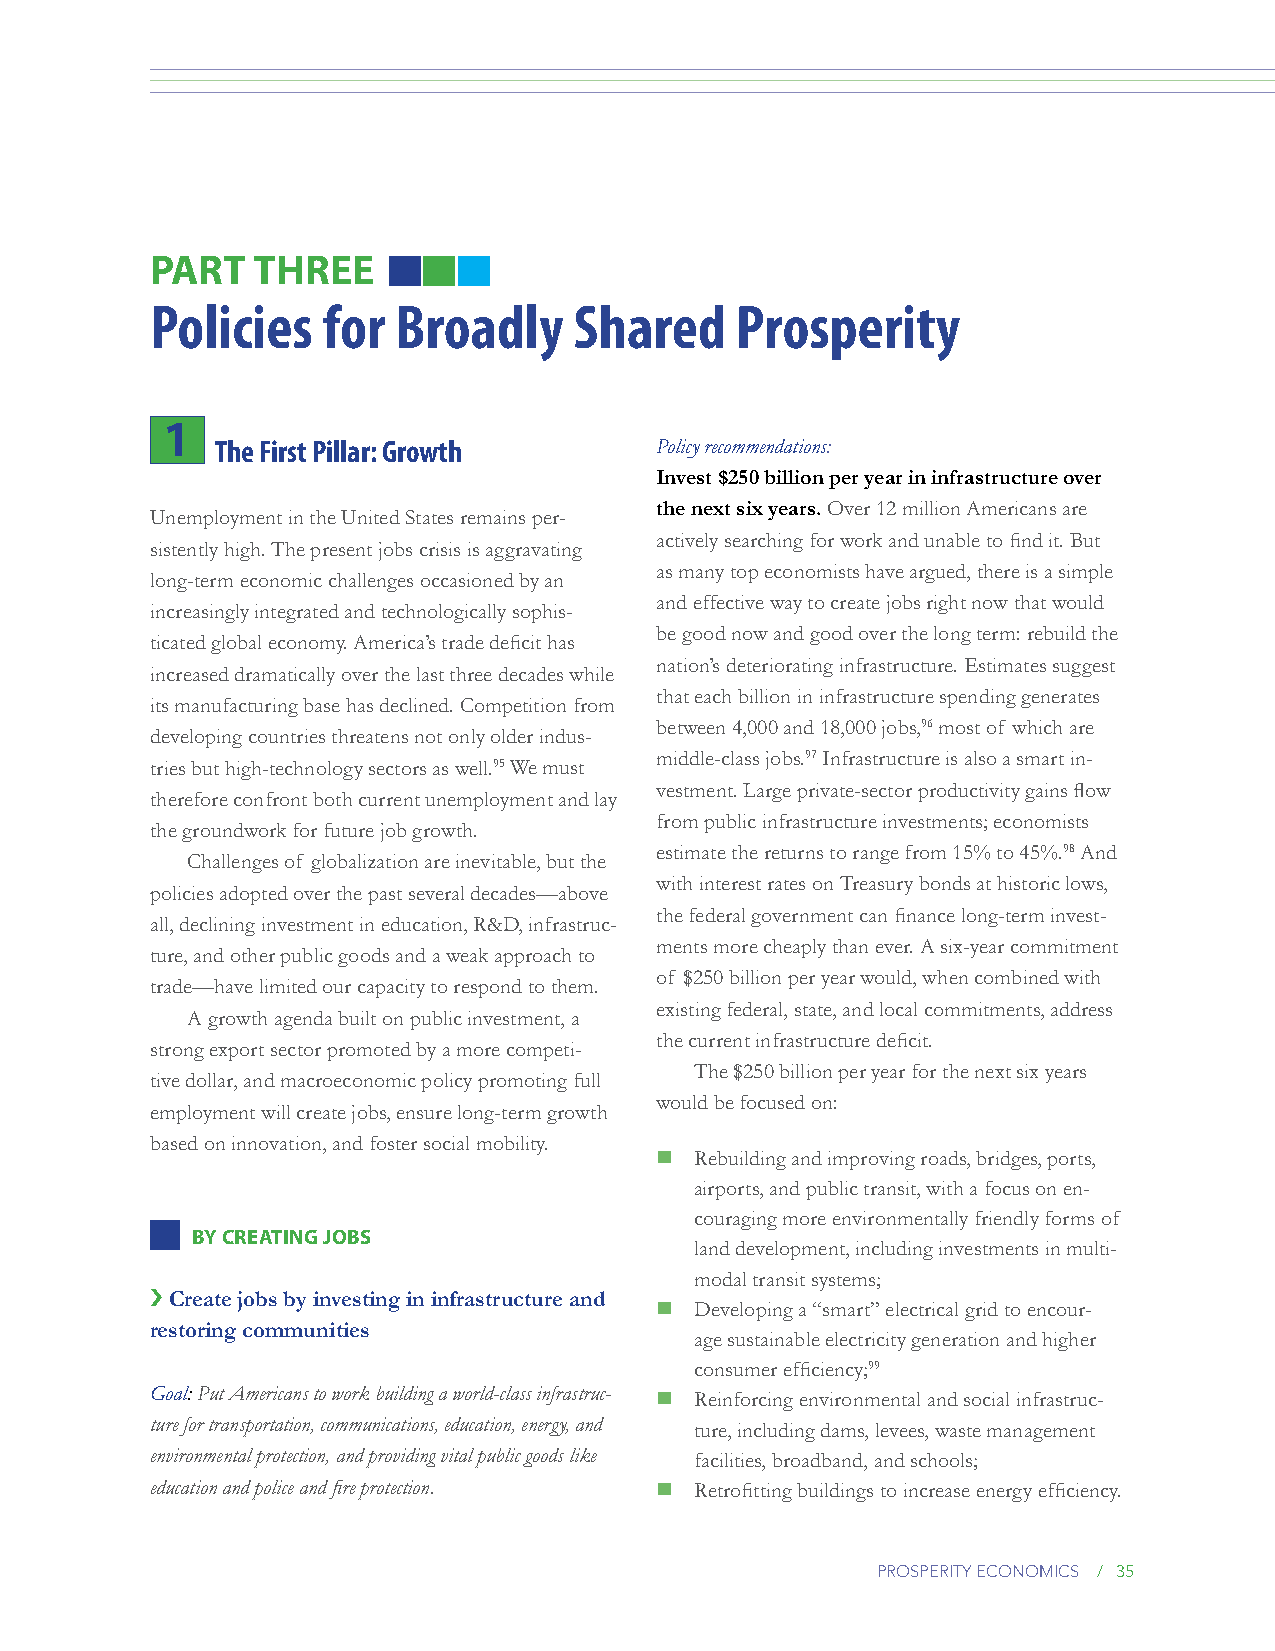
PART   ThREE
 Policies   for  Broadly     Shared     Prosperity
 1
 The First Pillar: Growth     Policy recommendations:
 Invest $250 billion per year in infrastructure over
 the next six years. Over 12 million Americans are
 Unemployment in the United States remains per-
 actively searching for work and unable to find it. But
 sistently high. The present jobs crisis is aggravating
 as many top economists have argued, there is a simple
 long-term economic challenges occasioned by an
 and effective way to create jobs right now that would
 increasingly integrated and technologically sophis-
 be good now and good over the long term: rebuild the
 ticated global economy. America’s trade deficit has
 nation’s deteriorating infrastructure. Estimates suggest
 increased dramatically over the last three decades while
 that each billion in infrastructure spending generates
 its manufacturing base has declined. Competition from
 between 4,000 and 18,000 jobs,96 most of which are
 developing countries threatens not only older indus-
 middle-class jobs.97 Infrastructure is also a smart in-
 tries but high-technology sectors as well.95 We must
 vestment. Large private-sector productivity gains flow
 therefore confront both current unemployment and lay
 from public infrastructure investments; economists
 the groundwork for future job growth.
 estimate the returns to range from 15% to 45%.98 And
 Challenges of globalization are inevitable, but the
 with interest rates on Treasury bonds at historic lows,
 policies adopted over the past several decades—above
 the federal government can finance long-term invest-
 all, declining investment in education, R&D, infrastruc-
 ments more cheaply than ever. A six-year commitment
 ture, and other public goods and a weak approach to
 of $250 billion per year would, when combined with
 trade—have limited our capacity to respond to them.
 existing federal, state, and local commitments, address
 A growth agenda built on public investment, a
 the current infrastructure deficit.
 strong export sector promoted by a more competi-
 The $250 billion per year for the next six years
 tive dollar, and macroeconomic policy promoting full
 would be focused on:
 employment will create jobs, ensure long-term growth
 based on innovation, and foster social mobility.
   Rebuilding and improving roads, bridges, ports,
 airports, and public transit, with a focus on en-
 couraging more environmentally friendly forms of
 by CREATiNg jObs
 land development, including investments in multi-
 modal transit systems;
 › Create jobs by investing in infrastructure and
   Developing a “smart” electrical grid to encour-
 restoring communities
 age sustainable electricity generation and higher
 consumer efficiency;99
 Goal: Put Americans to work building a world-class infrastruc-  Reinforcing environmental and social infrastruc-
 ture for transportation, communications, education, energy, and ture, including dams, levees, waste management
 environmental protection, and providing vital public goods like facilities, broadband, and schools;
 education and police and fire protection.  Retrofitting buildings to increase energy efficiency.
 prosperity economics / 35